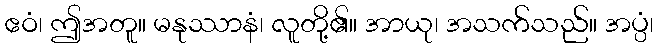
ဧဝံ၊ ဤအတူ။ မနုဿာနံ၊ လူတို့၏။ အာယု၊ အသက်သည်။ အပ္ပံ၊